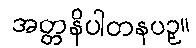
အတ္တနိပါတနပဥှ။